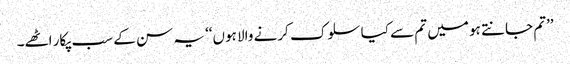
’’تم جانتے ہو میں تم سے کیا سلوک کرنے والا ہوں‘‘ یہ سن کے سب پکار اٹھے۔